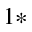
^ { 1 \ast }